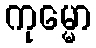
ကုမ္မော